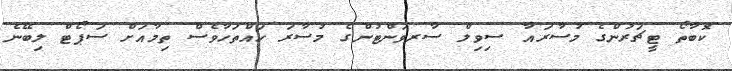
ކޮބާތޯ ޓީޗަރުންގެ މުސާރައާ ސިވިލް ސާރވަންޓުންގެ މުސާރަ ހައްތަހާވެސް ތިމާއަށް ސަޕޯޓް ލިބޭނެ